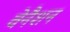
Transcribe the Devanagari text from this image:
वेनैशन